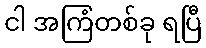
ငါ အကြံတစ်ခု ရပြီ